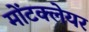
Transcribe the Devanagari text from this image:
मोंटक्लेयर